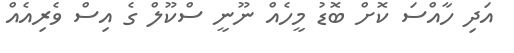
އަދި ހާއްސަ ކޮށް ބޮޑު މީހެއް ނޫނީ ސްކޫލް ގެ އިސް ވެރިއެއް